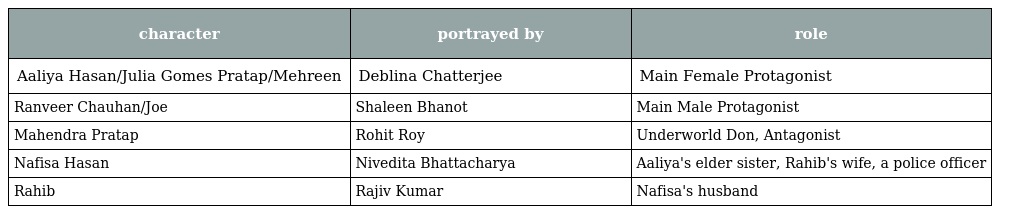
| character | portrayed by | role |
 | --- | --- | --- |
 | Aaliya Hasan/Julia Gomes Pratap/Mehreen | Deblina Chatterjee | Main Female Protagonist |
 | Ranveer Chauhan/Joe | Shaleen Bhanot | Main Male Protagonist |
 | Mahendra Pratap | Rohit Roy | Underworld Don, Antagonist |
 | Nafisa Hasan | Nivedita Bhattacharya | Aaliya's elder sister, Rahib's wife, a police officer |
 | Rahib | Rajiv Kumar | Nafisa's husband |